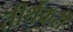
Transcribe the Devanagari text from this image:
तीर्थकरी